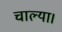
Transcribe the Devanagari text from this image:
चाल्या।